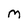
Character: M